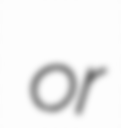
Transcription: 麻將牌 or